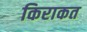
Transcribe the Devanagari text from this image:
किराकत